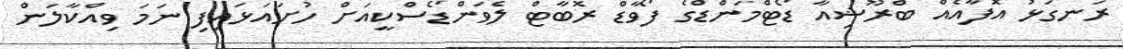
ރަނގަޅު އޮފާއެއް ބްރޫޝިއާ ޑޯޓްމަންޑްގެ ފޯވާޑް ރޮބާޓް ލެވަންޑޯސްކީއަށް ހުށައަޅައިފި ނަމަ ވިއްކާލަން